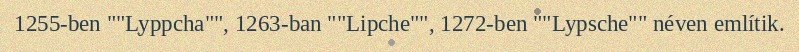
1255-ben ""Lyppcha"", 1263-ban ""Lipche"", 1272-ben ""Lypsche"" néven említik.